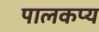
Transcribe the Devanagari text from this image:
पालकप्य